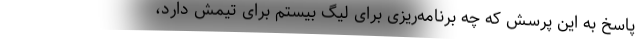
پاسخ به این پرسش که چه برنامه‌ریزی برای لیگ بیستم برای تیمش دارد،